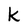
Character: k